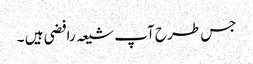
جس طرح آپ شیعہ رافضی ہیں ۔